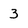
Character: 3